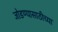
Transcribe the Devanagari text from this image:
जोडण्यासाठीच्या